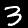
Digit: 3